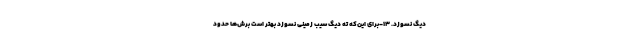
دیگ نسوزد. ۱۳-برای این‌که ته دیگ سیب زمینی نسوزد بهتر است برش‌ها حدود